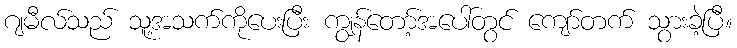
ဂျမီလ်သည် သူ့အသက်ကိုပေးပြီး ကျွန်တော့်အပေါ်တွင် ကျော်တက် သွားခဲ့ပြီ။